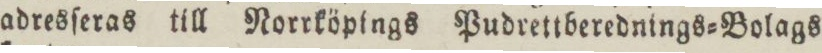
adresſeras till Norrköpings Pudrettberednings=Bolags